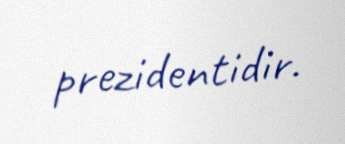
prezidentidir.